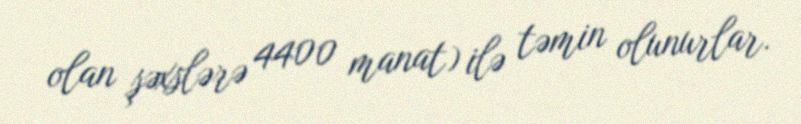
olan şəxslərə 4400 manat) ilə təmin olunurlar.